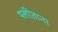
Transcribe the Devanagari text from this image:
पलीताना